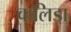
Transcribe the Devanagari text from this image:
वालिडा